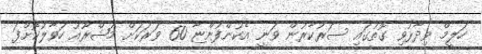
ހަލީމް ވިދާޅުވި ގޮތުގައި ސަރުކާރުން ވަނީ އެކުންފުންޏާ 60 ވަރަކަށް މަޝްރޫއު ހަވާލުކޮށްފަ